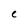
Character: C